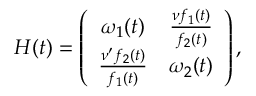
\begin{array} { r } { H ( t ) = \left( \begin{array} { c c } { \omega _ { 1 } ( t ) } & { \frac { \nu f _ { 1 } ( t ) } { f _ { 2 } ( t ) } } \\ { \frac { \nu ^ { \prime } f _ { 2 } ( t ) } { f _ { 1 } ( t ) } } & { \omega _ { 2 } ( t ) } \end{array} \right) , } \end{array}